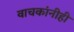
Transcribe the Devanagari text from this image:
वाचकांनीही